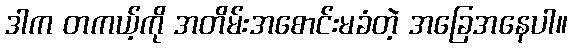
ဒါက တကယ့်ကို အတိမ်းအစောင်းမခံတဲ့ အခြေအနေပါ။